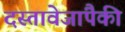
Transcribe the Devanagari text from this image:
दस्तावेजांपैकी